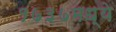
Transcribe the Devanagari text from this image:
१७३७मध्ये